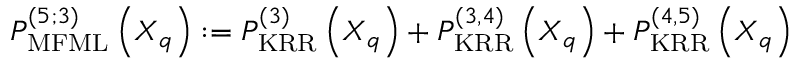
P _ { \mathrm { M F M L } } ^ { ( 5 ; 3 ) } \left( \boldsymbol { X } _ { q } \right) : = P _ { \mathrm { K R R } } ^ { ( 3 ) } \left( \boldsymbol { X } _ { q } \right) + P _ { \mathrm { K R R } } ^ { ( 3 , 4 ) } \left( \boldsymbol { X } _ { q } \right) + P _ { \mathrm { K R R } } ^ { ( 4 , 5 ) } \left( \boldsymbol { X } _ { q } \right)